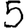
Digit: 5